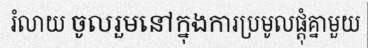
រំលាយ ចូលរួមនៅក្នុងការប្រមូលផ្តុំគ្នាមួយ